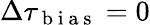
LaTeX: \Delta\tau_{\mathrm{~b~i~a~s~}}=0